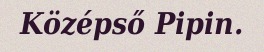
Középső Pipin.